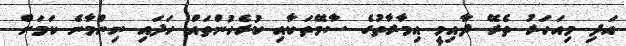
އަދި މިއަހަރު ތެރޭ ދާއިމީ އިމާރާތުގެ ސާވޭތަކާއި ކުރެހުންތައް ހަދައި ނިންމާނެ ކަމަށް